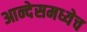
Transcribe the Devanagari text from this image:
आन्देसमध्येच